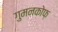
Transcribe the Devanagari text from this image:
गुमनकोफ़